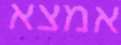
אמצא